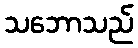
သဘောသည်